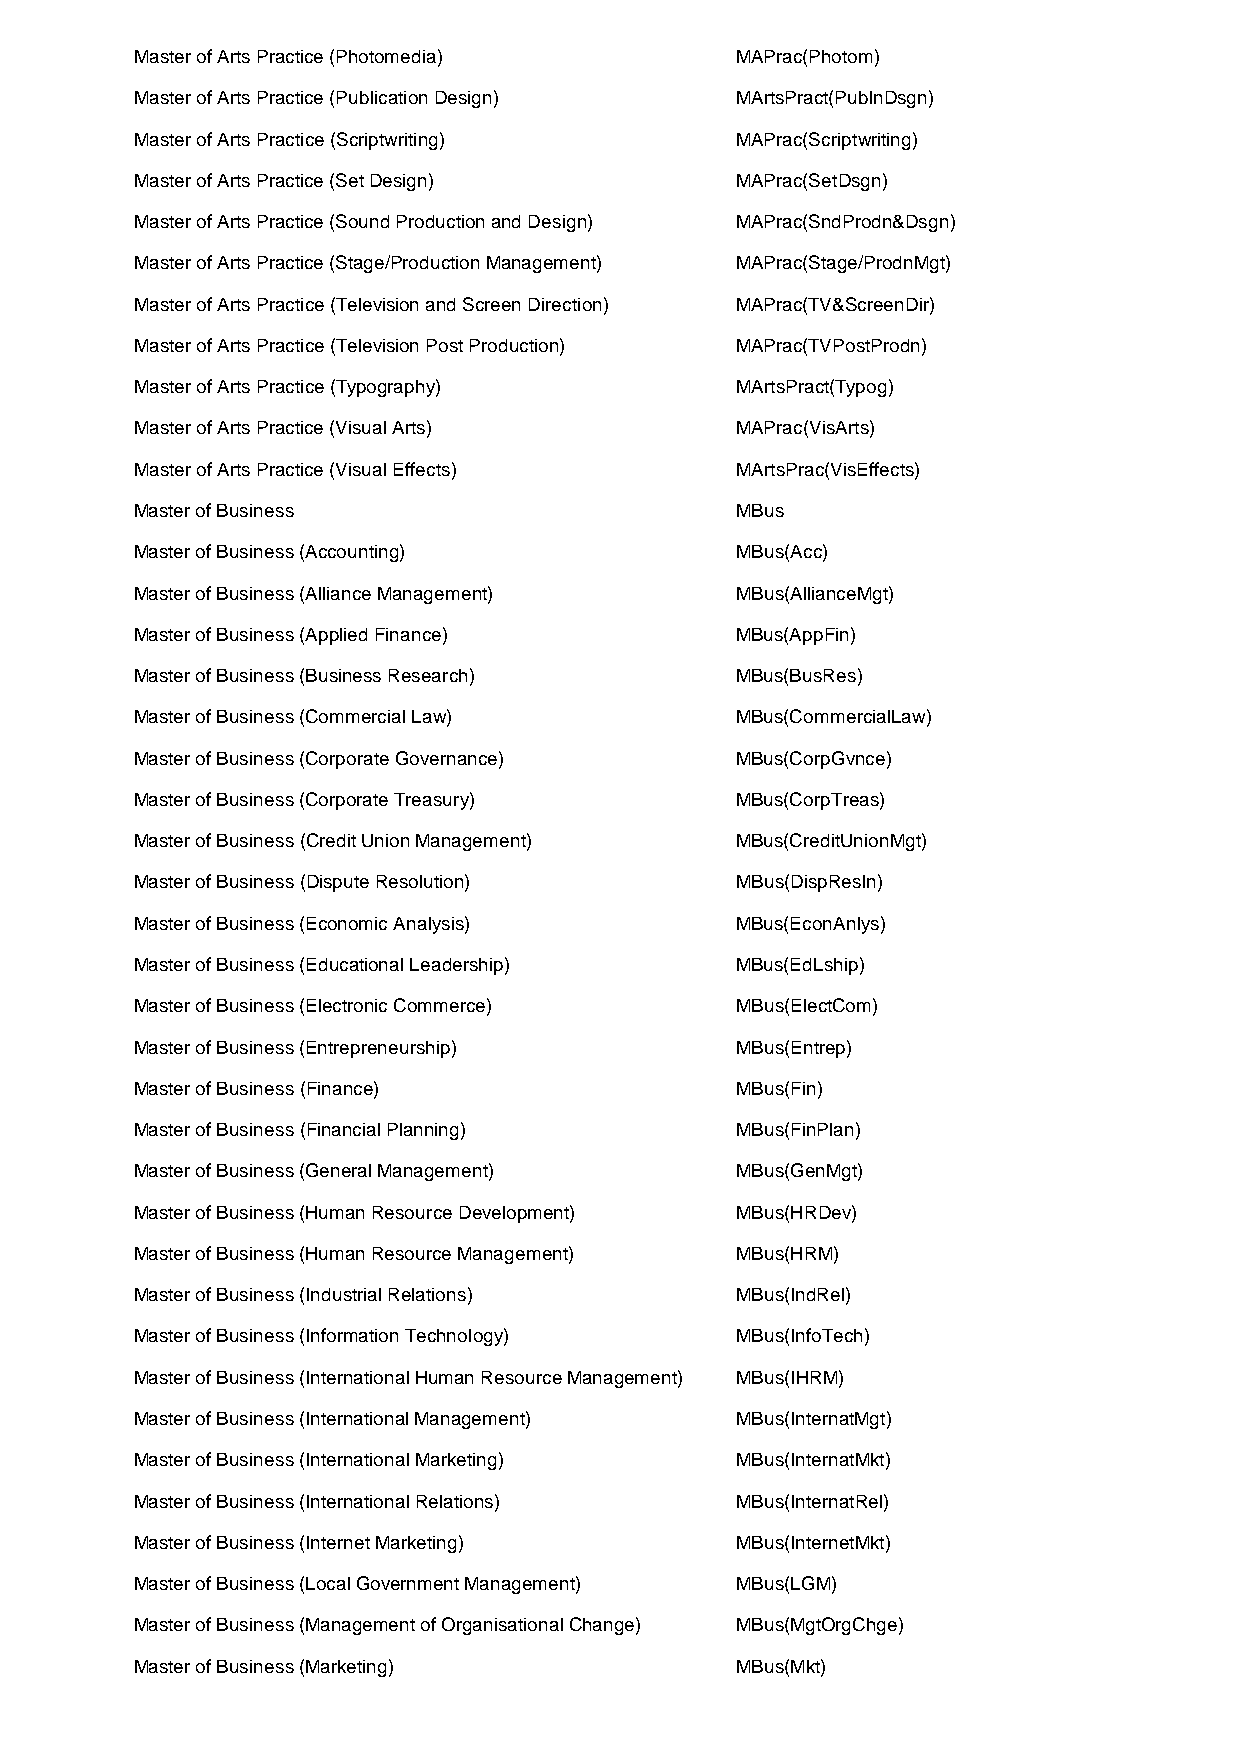
Master of Arts Practice (Photomedia)    MAPrac(Photom)
 Master of Arts Practice (Publication Design) MArtsPract(PublnDsgn)
 Master of Arts Practice (Scriptwriting) MAPrac(Scriptwriting)
 Master of Arts Practice (Set Design)    MAPrac(SetDsgn)
 Master of Arts Practice (Sound Production and Design) MAPrac(SndProdn&Dsgn)
 Master of Arts Practice (Stage/Production Management) MAPrac(Stage/ProdnMgt)
 Master of Arts Practice (Television and Screen Direction) MAPrac(TV&ScreenDir)
 Master of Arts Practice (Television Post Production) MAPrac(TVPostProdn)
 Master of Arts Practice (Typography)    MArtsPract(Typog)
 Master of Arts Practice (Visual Arts)   MAPrac(VisArts)
 Master of Arts Practice (Visual Effects) MArtsPrac(VisEffects)
 Master of Business                      MBus
 Master of Business (Accounting)         MBus(Acc)
 Master of Business (Alliance Management) MBus(AllianceMgt)
 Master of Business (Applied Finance)    MBus(AppFin)
 Master of Business (Business Research)  MBus(BusRes)
 Master of Business (Commercial Law)     MBus(CommercialLaw)
 Master of Business (Corporate Governance) MBus(CorpGvnce)
 Master of Business (Corporate Treasury) MBus(CorpTreas)
 Master of Business (Credit Union Management) MBus(CreditUnionMgt)
 Master of Business (Dispute Resolution) MBus(DispResln)
 Master of Business (Economic Analysis)  MBus(EconAnlys)
 Master of Business (Educational Leadership) MBus(EdLship)
 Master of Business (Electronic Commerce) MBus(ElectCom)
 Master of Business (Entrepreneurship)   MBus(Entrep)
 Master of Business (Finance)            MBus(Fin)
 Master of Business (Financial Planning) MBus(FinPlan)
 Master of Business (General Management) MBus(GenMgt)
 Master of Business (Human Resource Development) MBus(HRDev)
 Master of Business (Human Resource Management) MBus(HRM)
 Master of Business (Industrial Relations) MBus(IndRel)
 Master of Business (Information Technology) MBus(InfoTech)
 Master of Business (International Human Resource Management) MBus(IHRM)
 Master of Business (International Management) MBus(InternatMgt)
 Master of Business (International Marketing) MBus(InternatMkt)
 Master of Business (International Relations) MBus(InternatRel)
 Master of Business (Internet Marketing) MBus(InternetMkt)
 Master of Business (Local Government Management) MBus(LGM)
 Master of Business (Management of Organisational Change) MBus(MgtOrgChge)
 Master of Business (Marketing)          MBus(Mkt)